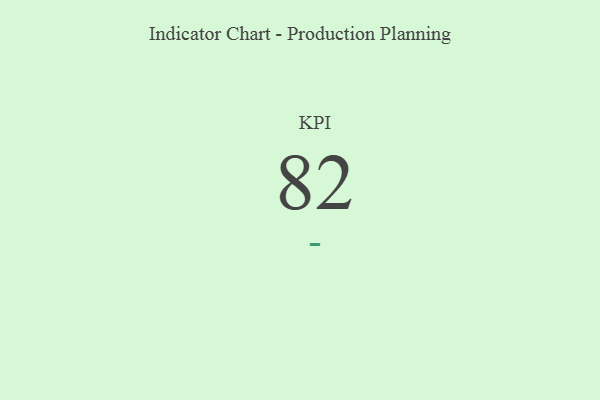
{"axis": {"x": "KPI", "y": "Value"}, "legend": [""], "data": [{"x": "KPI", "y": 82, "type": ""}]}